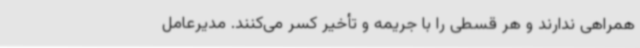
همراهی ندارند و هر قسطی را با جریمه و تأخیر کسر می‌کنند. مدیرعامل